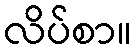
လိပ်စာ။